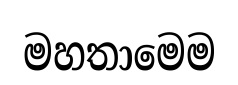
මහතාමෙම